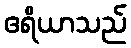
ဧရိယာသည်